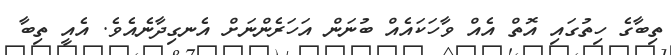
ތިބާގެ ހިތުގައި އޮތް އެއް ވާހަކައެއް ބުނަން އަހަރެންނަށް އެނގިދާނެއެވެ. އެއީ ތިބާ